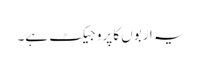
یہ اربوں کا پروجیکٹ ہے۔